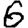
Digit: 6